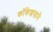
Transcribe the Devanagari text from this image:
कॉकेशसाने